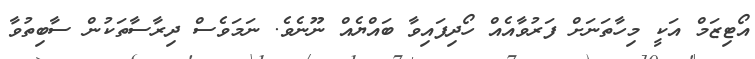
އޯޓިޒަމް އަކީ މިހާތަނަށް ފަރުވާއެއް ހޯދިފައިވާ ބައްޔެއް ނޫނެވެ. ނަމަވެސް ދިރާސާތަކުން ސާބިތުވާ